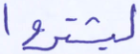
ليشتروا